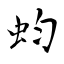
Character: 蚐